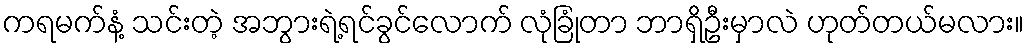
ကရမက်နံ့ သင်းတဲ့ အဘွားရဲ့ရင်ခွင်လောက် လုံခြုံတာ ဘာရှိဦးမှာလဲ ဟုတ်တယ်မလား။